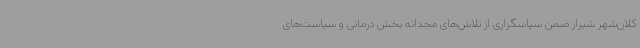
کلان‌شهر شیراز ضمن سپاسگزاری از تلاش‌های مجدانه بخش درمانی و سیاست‌های